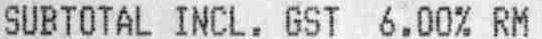
SUBTOTAL INCL. GST 6.00% RM